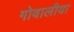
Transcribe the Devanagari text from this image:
गोवालीया